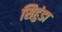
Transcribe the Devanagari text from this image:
सिहुंडा